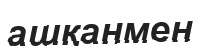
ашқанмен